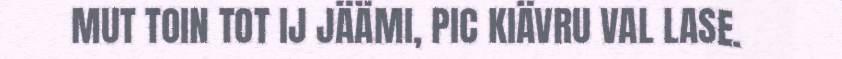
MUT TOIN TOT IJ JÄÄMI, PIC KIÄVRU VAL LASE.